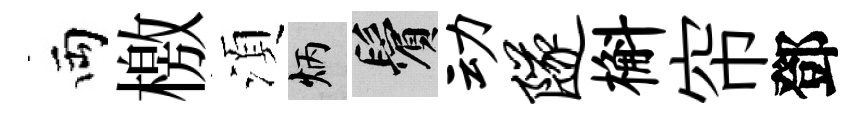
両檄湏炳鬢动隧槲帘鄧